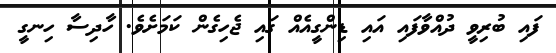
ފައި ބުރިވީ ދުއްވާފައި އައި ޑިންގީއެއް ގައި ޖެހިގެން ކަމަށެވެ. ހާދިސާ ހިނގީ